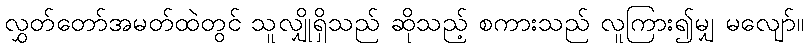
လွှတ်တော်အမတ်ထဲတွင် သူလျှိုရှိသည် ဆိုသည့် စကားသည် လူကြား၍မျှ မလျော်။